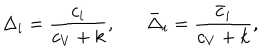
\Delta _ { i } = { \frac { c _ { i } } { c _ { V } + k } } , \bar { \Delta } _ { i } = { \frac { \bar { c } _ { i } } { c _ { V } + k } } ,